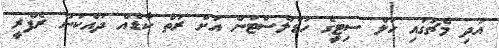
އަދި މެޗުގައި ހަލް ސިޓީގެ ހަޑްލްސްޓަން އަށް ރަތް ކާޑެއް ދައްކަން ރެފްރީ